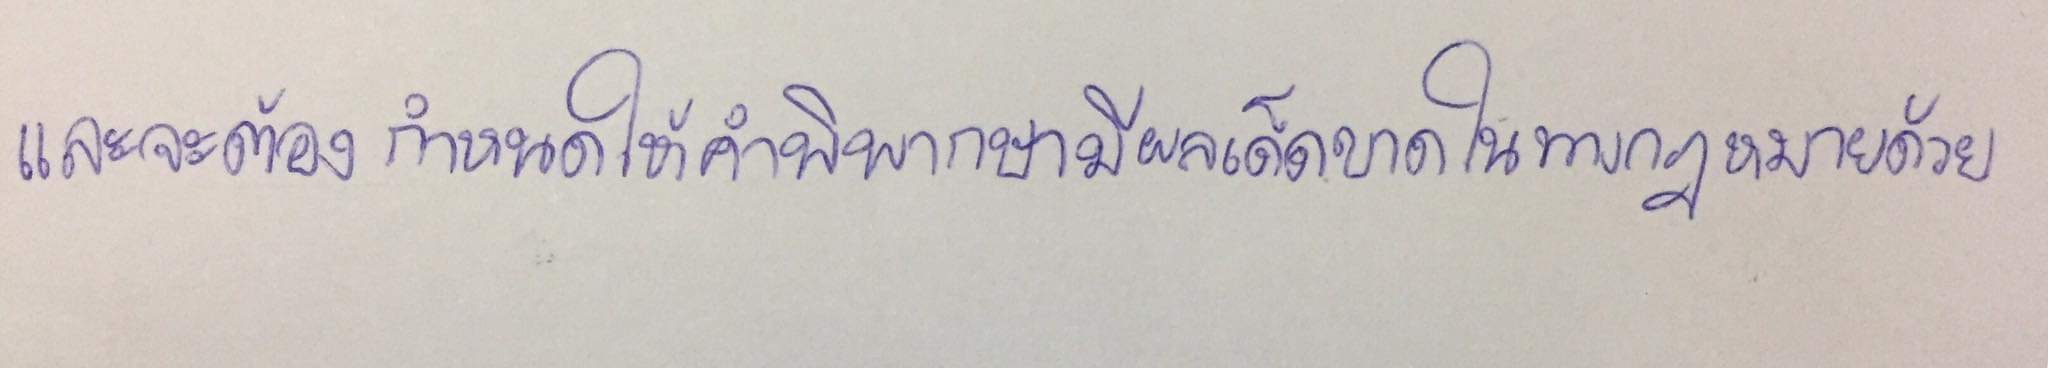
และจะต้องกำหนดให้คำพิพากษามีผลเด็ดขาดในทางกฎหมายด้วย